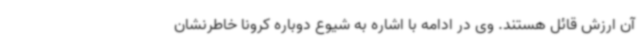
آن ارزش قائل هستند. وی در ادامه با اشاره به شیوع دوباره کرونا خاطرنشان